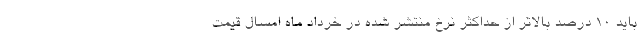
باید ۱۰ درصد بالاتر از حداکثر نرخ منتشر شده در خرداد ماه امسال قیمت